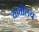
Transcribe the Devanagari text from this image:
यातीलच